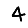
Digit: 4